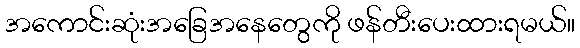
အကောင်းဆုံးအခြေအနေတွေကို ဖန်တီးပေးထားရမယ်။